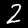
Label: 2